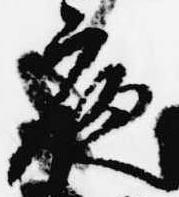
夜